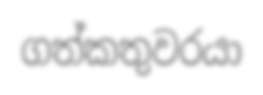
ගත්කතුවරයා